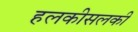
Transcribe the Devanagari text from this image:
हलकीसलकी